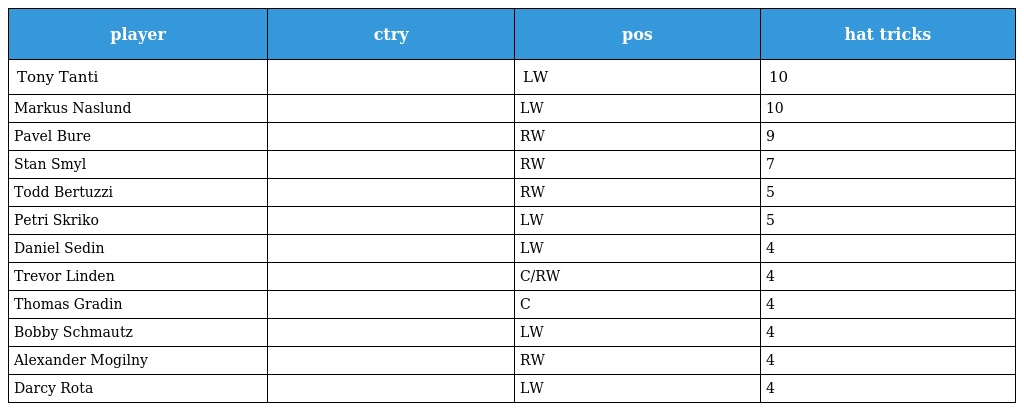
| player | ctry | pos | hat tricks |
 | --- | --- | --- | --- |
 | Tony Tanti |  | LW | 10 |
 | Markus Naslund |  | LW | 10 |
 | Pavel Bure |  | RW | 9 |
 | Stan Smyl |  | RW | 7 |
 | Todd Bertuzzi |  | RW | 5 |
 | Petri Skriko |  | LW | 5 |
 | Daniel Sedin |  | LW | 4 |
 | Trevor Linden |  | C/RW | 4 |
 | Thomas Gradin |  | C | 4 |
 | Bobby Schmautz |  | LW | 4 |
 | Alexander Mogilny |  | RW | 4 |
 | Darcy Rota |  | LW | 4 |